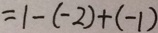
= 1 - ( - 2 ) + ( - 1 )